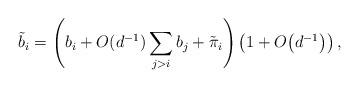
LaTeX: \begin{align*}\tilde{b}_{i}=\left(b_i + O(d^{-1})\sum_{j>i}b_j+\tilde{\pi}_i\right)\left(1+O\!\left(d^{-1}\right)\right),\end{align*}